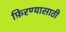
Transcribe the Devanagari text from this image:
फ़िरण्यासाठी